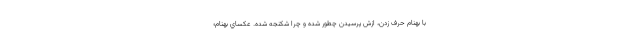
با بهنام حرف زدن، ازش پرسيدن چطور شده و چرا شكنجه شده. عكساي بهنام؛